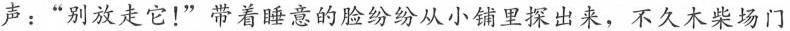
声:“别放走它!”带着睡意的脸纷纷从小铺里探出来，不久木柴场门